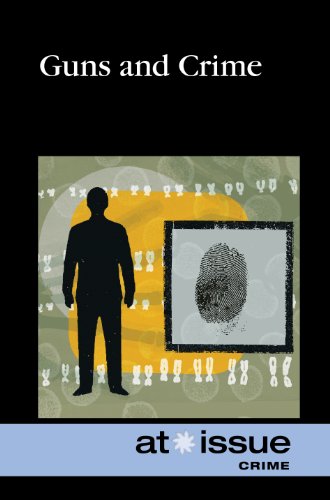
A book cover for Genetically Modified Food (At Issue); Tamara Thompson; Health, Fitness & Dieting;